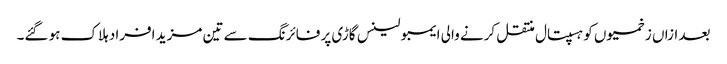
بعد ازاں زخمیوں کو ہسپتال منتقل کرنے والی ایمبولینس گاڑی پر فائرنگ سے تین مزید افراد ہلاک ہو گئے۔